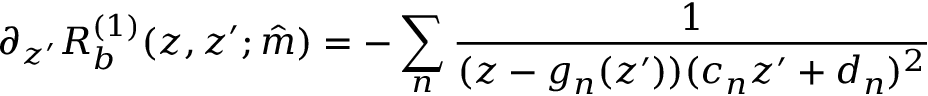
\partial _ { z ^ { \prime } } R _ { b } ^ { ( 1 ) } ( z , z ^ { \prime } ; \hat { m } ) = - \sum _ { n } \frac { 1 } { ( z - g _ { n } ( z ^ { \prime } ) ) ( c _ { n } z ^ { \prime } + d _ { n } ) ^ { 2 } }